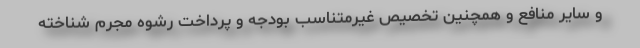
و سایر منافع و همچنین تخصیص غیرمتناسب بودجه و پرداخت رشوه مجرم شناخته